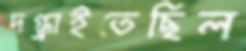
দগ্ধাইতেছিল